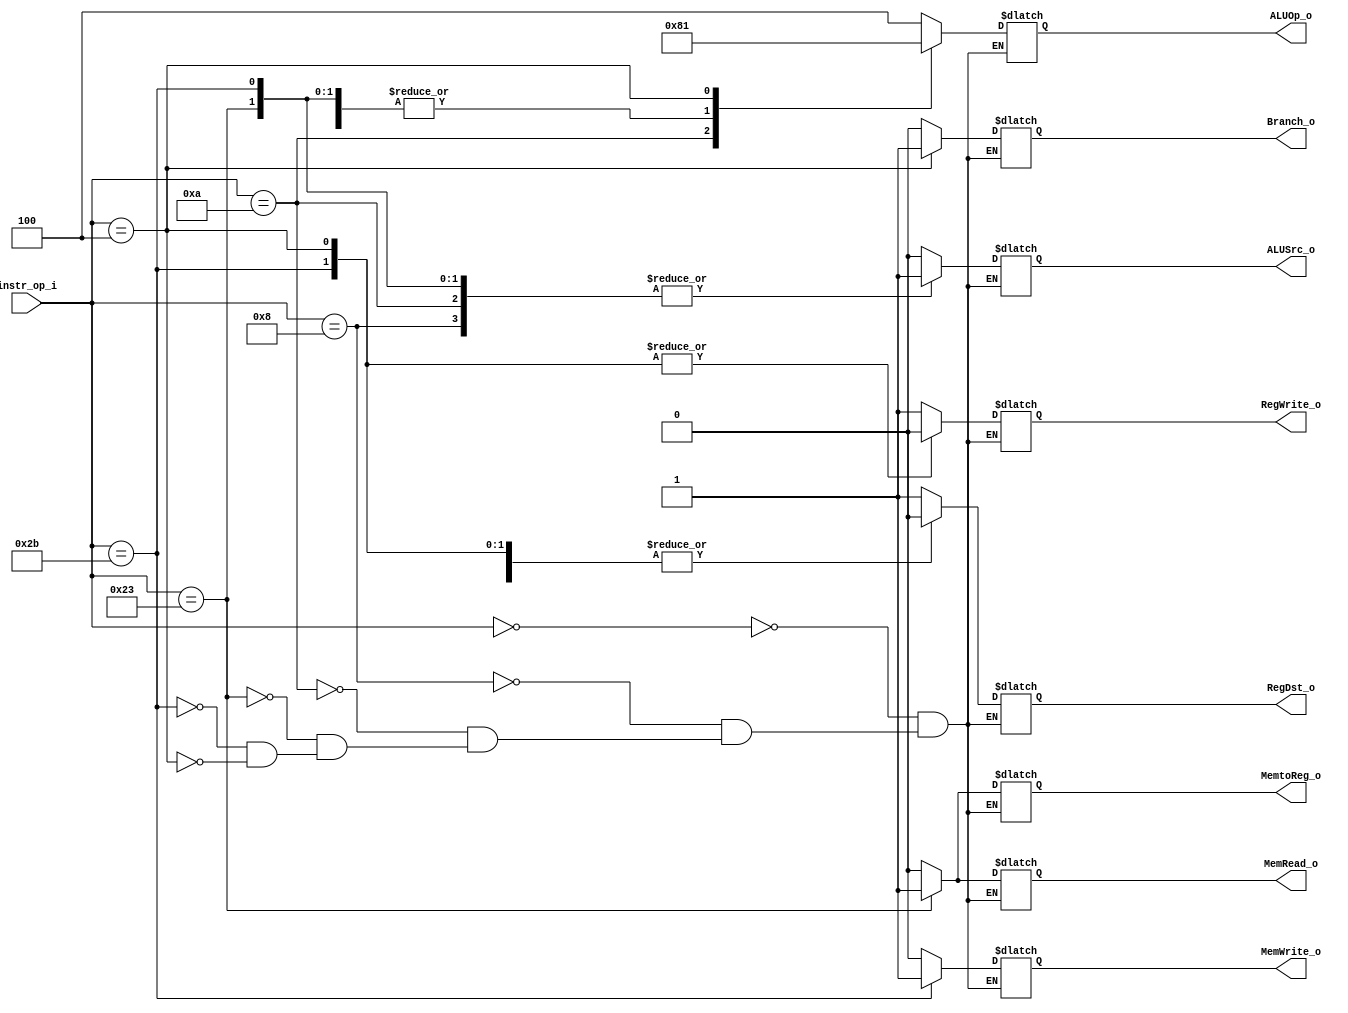
// 0410893
module Decoder( 
	instr_op_i, 
	RegWrite_o,	
	ALUOp_o, 
	ALUSrc_o, 
	RegDst_o,
	Branch_o, 
	MemRead_o, 
	MemWrite_o, 
	MemtoReg_o
);
     
//I/O ports
input	[6-1:0] instr_op_i;

output	[3-1:0] ALUOp_o;
output          RegDst_o, MemtoReg_o;
output		ALUSrc_o, RegWrite_o, Branch_o, MemRead_o, MemWrite_o;

//Internal Signals
reg	[3-1:0] ALUOp_o;
reg	        RegDst_o, MemtoReg_o;
reg		ALUSrc_o, RegWrite_o, Branch_o, MemRead_o, MemWrite_o;

//Main function
always@(*)begin
	case(instr_op_i)
		//r-format
		6'b000000:
		begin
		   ALUOp_o<=3'b100;
		   RegDst_o<=1'b1;
		   MemtoReg_o<=1'b0;
		   RegWrite_o<=1'b1;
		   ALUSrc_o<=1'b0;
		   Branch_o<=1'b0;
		   MemRead_o<=1'b0;
		   MemWrite_o<=1'b0;
		end
		//addi
		6'b001000:	
		begin
		   ALUOp_o<=3'b000;
		   RegDst_o<=1'b0;
		   MemtoReg_o<=1'b0;
		   RegWrite_o<=1'b1;
		   ALUSrc_o<=1'b1;
		   Branch_o<=1'b0;
		   MemRead_o<=1'b0;
		   MemWrite_o<=1'b0;
		end
	   	//slti
		6'b001010:	
		begin
		   ALUOp_o<=3'b010;
		   RegDst_o<=1'b0;
		   MemtoReg_o<=1'b0;
		   RegWrite_o<=1'b1;
		   ALUSrc_o<=1'b1;
		   Branch_o<=1'b0;
		   MemRead_o<=1'b0;
		   MemWrite_o<=1'b0;
		end
		//lw
		6'b100011:	
		begin
		   ALUOp_o<=3'b000;
		   RegDst_o<=1'b0;
		   MemtoReg_o<=1'b1;
		   RegWrite_o<=1'b1;
		   ALUSrc_o<=1'b1;
		   Branch_o<=1'b0;
		   MemRead_o<=1'b1;
		   MemWrite_o<=1'b0;
		end
		//sw
		6'b101011:	
		begin
	   	   ALUOp_o<=3'b000;
		   RegDst_o<=1'b0;
		   MemtoReg_o<=1'b0;
		   RegWrite_o<=1'b0;
		   ALUSrc_o<=1'b1;
		   Branch_o<=1'b0;
		   MemRead_o<=1'b0;
		   MemWrite_o<=1'b1;
		end
		//beq
		6'b000100:	
		begin
		   ALUOp_o<=3'b001;
		   RegDst_o<=1'b0;
		   MemtoReg_o<=1'b0;
		   RegWrite_o<=1'b0;
		   ALUSrc_o<=1'b0;
		   Branch_o<=1'b1;
		   MemRead_o<=1'b0;
		   MemWrite_o<=1'b0;
		end
	endcase
end

endmodule